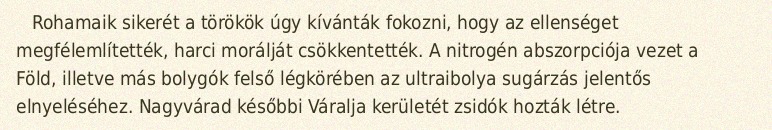
Rohamaik sikerét a törökök úgy kívánták fokozni, hogy az ellenséget megfélemlítették, harci morálját csökkentették. A nitrogén abszorpciója vezet a Föld, illetve más bolygók felső légkörében az ultraibolya sugárzás jelentős elnyeléséhez. Nagyvárad későbbi Váralja kerületét zsidók hozták létre.